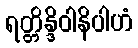
ရတ္တိန္ဒိဝါနိပါဟံ